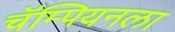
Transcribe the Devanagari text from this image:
चॅम्पियनला